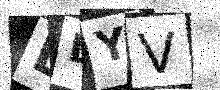
Text: LDYV